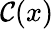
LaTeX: \mathcal{C}(x)